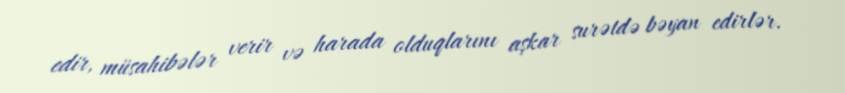
edir, müsahibələr verir və harada olduqlarını aşkar surətdə bəyan edirlər.